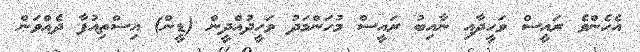
އެހެންވެ ރައީސް ވަހީދާއި ނާއިބު ރައީސް މުހަންމަދު ވަހީދުއްދީން (ޑީން) އިސްތިއުފާ ދެއްވަން